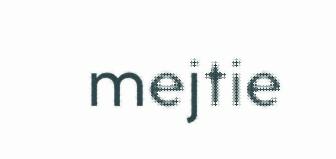
mejtie